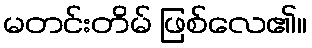
မတင်းတိမ် ဖြစ်လေ၏။